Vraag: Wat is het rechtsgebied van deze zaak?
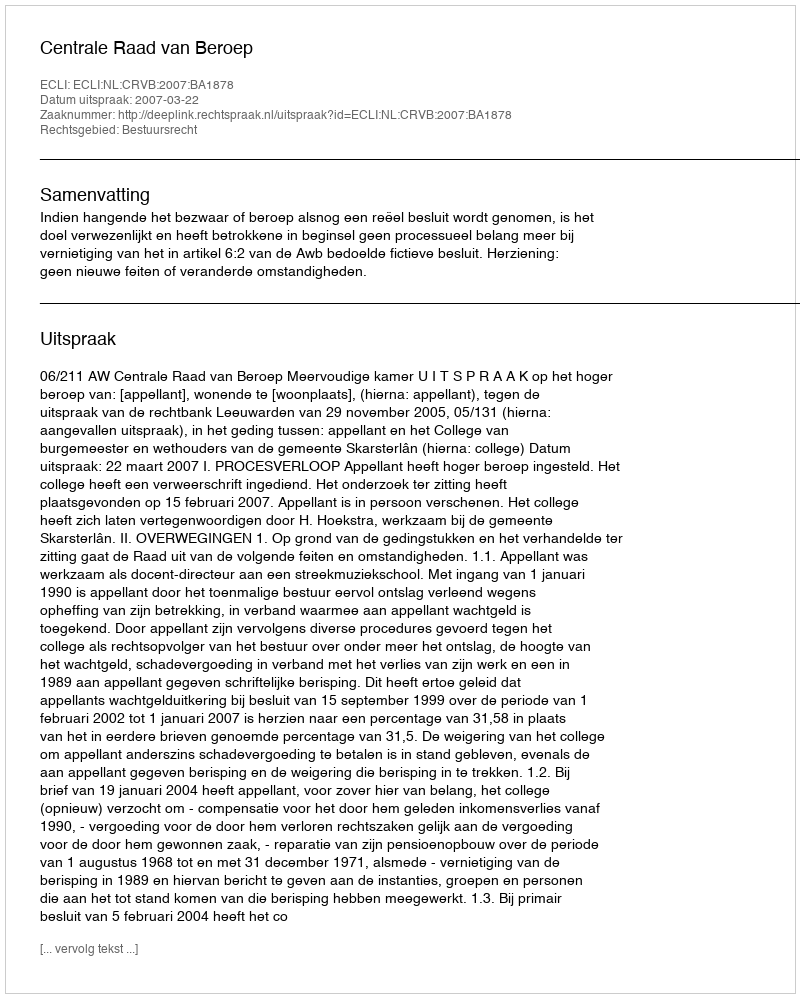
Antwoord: Bestuursrecht